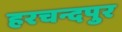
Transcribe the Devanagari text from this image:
हरचन्दपुर